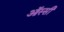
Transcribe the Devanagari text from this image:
ऑस्सी